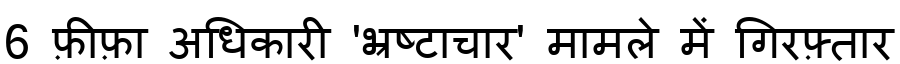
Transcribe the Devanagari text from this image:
6 फ़ीफ़ा अधिकारी 'भ्रष्टाचार' मामले में गिरफ़्तार